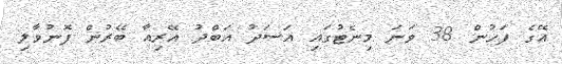
އޭގެ ފަހުން 38 ވަނަ މިނެޓުގައި އަސަދު އަބްދު އޭރިއާ ބޭރުން ފޮނުވާލި